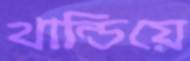
থান্ডিয়ে